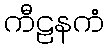
ကီဠနကံ